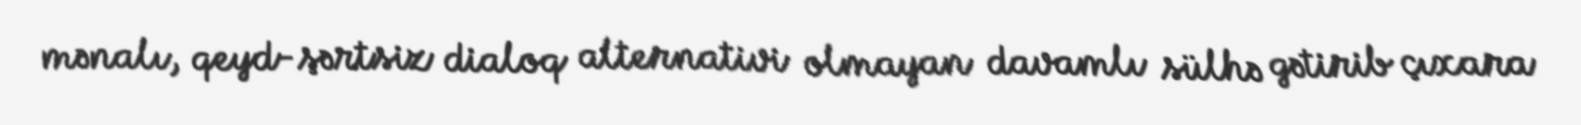
mənalı, qeyd-şərtsiz dialoq alternativi olmayan davamlı sülhə gətirib çıxara